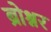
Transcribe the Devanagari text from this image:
ब्रोश्नर